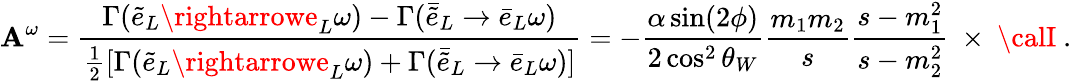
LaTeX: {\cal\mathbf{A}}^{\omega}={\frac{{\Gamma(\tilde{{e}}_{L}\rightarrowe_{L}\omega)-\Gamma({\bar{{\tilde{{e}}}}}_{L}\rightarrow\bar{{e}}_{L}\omega)}}{{{\frac{{1}}{{2}}}[\Gamma(\tilde{{e}}_{L}\rightarrowe_{L}\omega)+\Gamma(\bar{{\tilde{{e}}}}_{L}\rightarrow\bar{{e}}_{L}\omega)]}}}=-{\frac{{\alpha\sin(2\phi)}}{{2\cos^{2}\theta_{W}}}}{\frac{{m_{1}m_{2}}}{{s}}}{\frac{{s-m_{1}^{2}}}{{s-m_{2}^{2}}}}\ \times\ {\calI}\ .